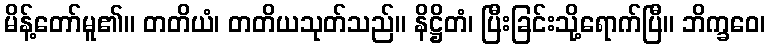
မိန့်တော်မူ၏။ တတိယံ၊ တတိယသုတ်သည်။ နိဋ္ဌိတံ၊ ပြီးခြင်းသို့ရောက်ပြီ။ ဘိက္ခဝေ၊